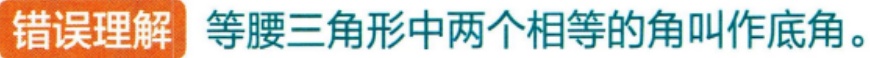
错误理解 等腰三角形中两个相等的角叫作底角。